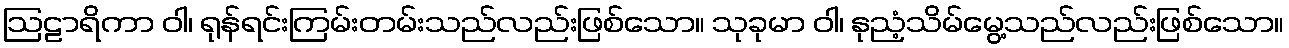
ဩဠာရိကာ ဝါ၊ ရုန်ရင်းကြမ်းတမ်းသည်လည်းဖြစ်သော။ သုခုမာ ဝါ၊ နုညံ့သိမ်မွေ့သည်လည်းဖြစ်သော။